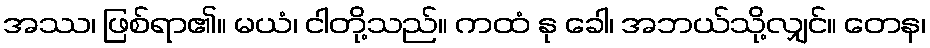
အဿ၊ ဖြစ်ရာ၏။ မယံ၊ ငါတို့သည်။ ကထံ နု ခေါ၊ အဘယ်သို့လျှင်။ တေန၊